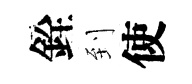
銓到使